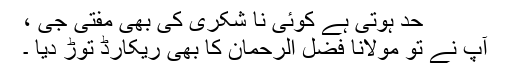
حد ہوتی ہے کوئی نا شکری کی بھی مفتی جی ،
آپ نے تو مولانا فضل الرحمان کا بھی ریکارڈ توڑ دیا ۔